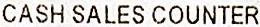
CASH SALES COUNTER